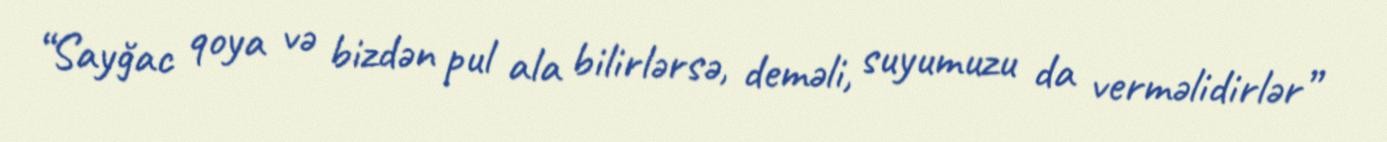
“Sayğac qoya və bizdən pul ala bilirlərsə, deməli, suyumuzu da verməlidirlər”